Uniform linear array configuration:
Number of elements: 64
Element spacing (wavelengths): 1
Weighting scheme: exponential
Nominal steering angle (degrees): -15
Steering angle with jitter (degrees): -14.121
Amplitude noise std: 0.05
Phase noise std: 0.05

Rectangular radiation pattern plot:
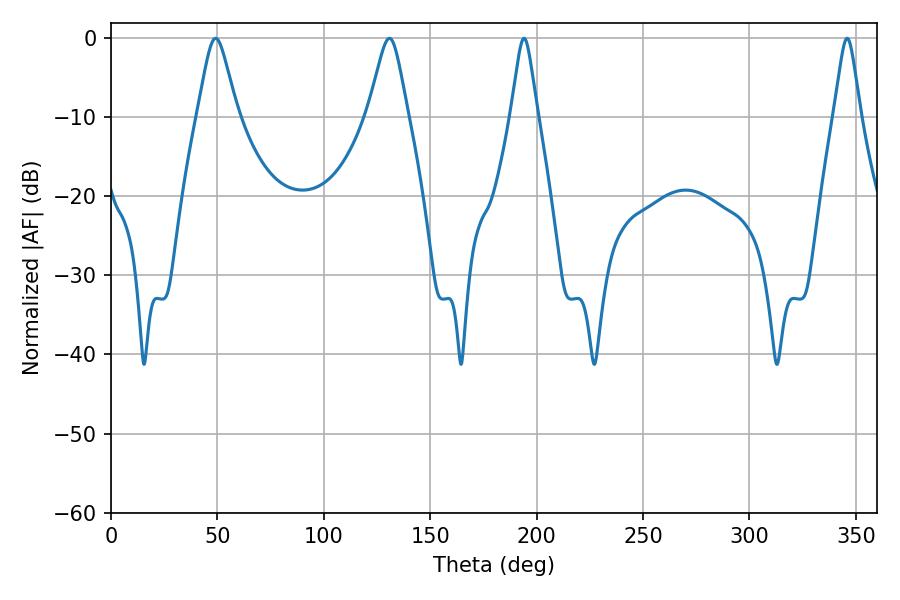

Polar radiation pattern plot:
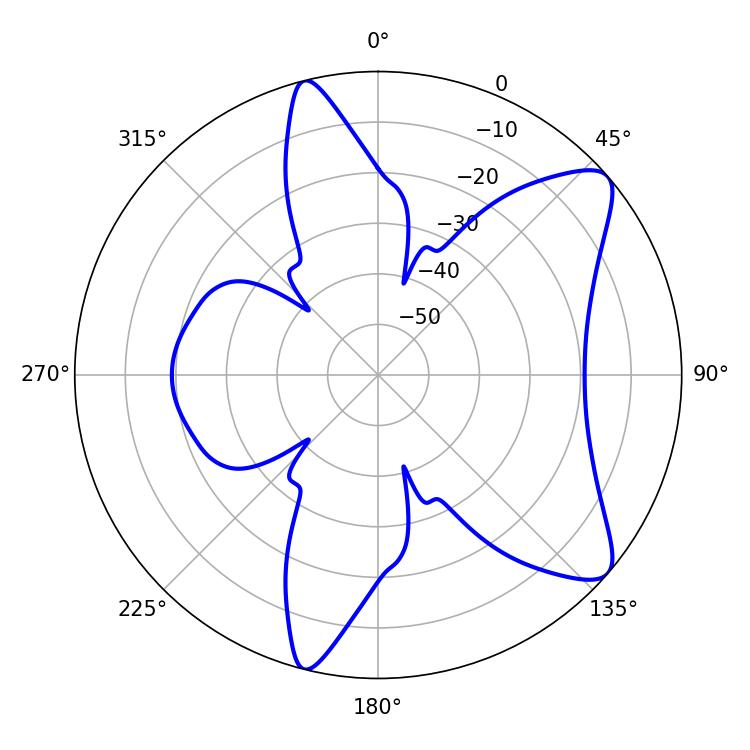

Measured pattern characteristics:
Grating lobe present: TRUE
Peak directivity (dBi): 9.303
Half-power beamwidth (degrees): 8.82
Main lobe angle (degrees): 49.14